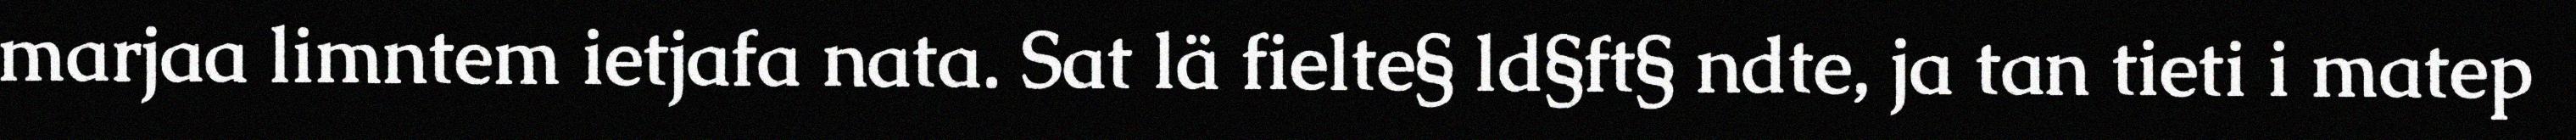
marjaa limntem ietjafa nata. Sat lä fielte§ ld§ft§ ndte, ja tan tieti i matep